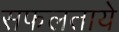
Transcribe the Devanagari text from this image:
सफलताये